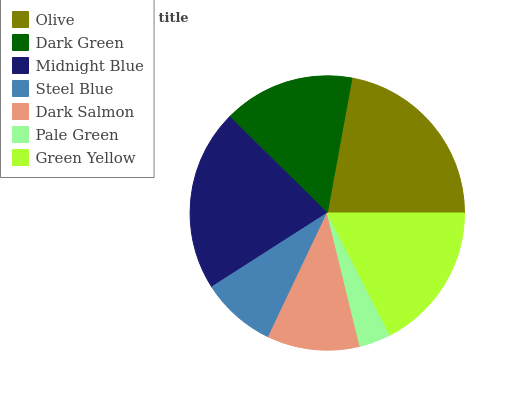
| Olive | Dark Green | Midnight Blue | Steel Blue | Dark Salmon | Pale Green | Green Yellow |
 | --- | --- | --- | --- | --- | --- | --- |
 | 22.1% | 15.5% | 21.5% | 8.87% | 10.9% | 3.72% | 17.5% |